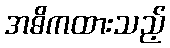
အဓိကထားသည့်